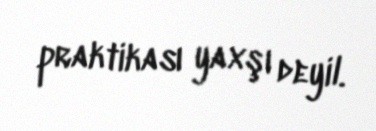
praktikası yaxşı deyil.